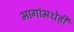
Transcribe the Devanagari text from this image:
भागांमधेही